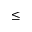
\leq